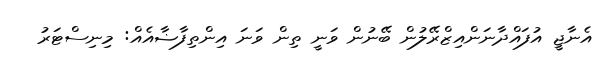
އެނާޖީ އުފައްދާނަންއިޒްރޭލުން ބޭނުން ވަނީ ތިން ވަނަ އިންތިފާޟާއެެއް: މިނިސްޓަރު